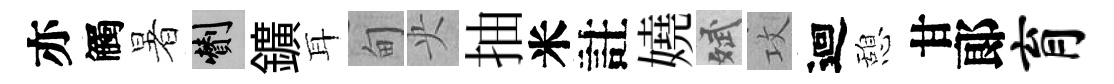
亦觸暑剪鑛耳甸央抽米註嬈斌攻迴憩甘郞育